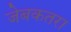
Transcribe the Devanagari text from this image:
जेबकतरा